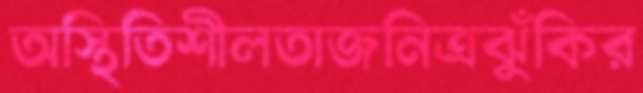
অস্থিতিশীলতাজনিত্রঝুঁকির